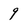
Character: 9